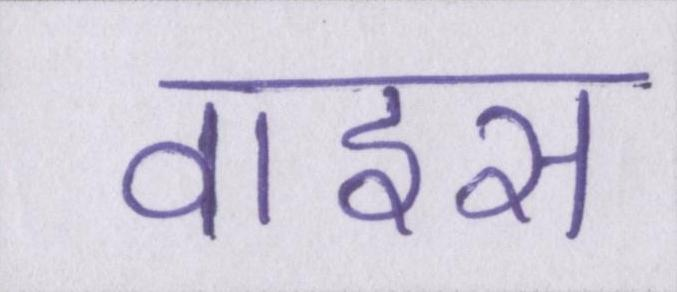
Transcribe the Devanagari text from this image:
वाइस